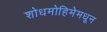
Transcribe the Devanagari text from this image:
शोधमोहिमेमधून